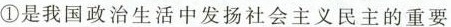
①是我国政治生活中发扬社会主义民主的重要